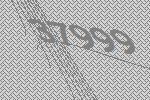
37999